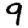
Digit: 9